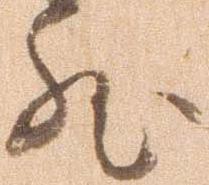
然